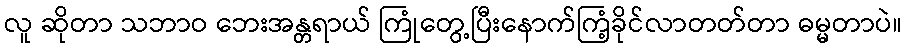
လူ ဆိုတာ သဘာဝ ဘေးအန္တရာယ် ကြုံတွေ့ပြီးနောက်ကြံ့ခိုင်လာတတ်တာ ဓမ္မတာပဲ။